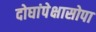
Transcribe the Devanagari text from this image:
दोघांपेक्षासोपा